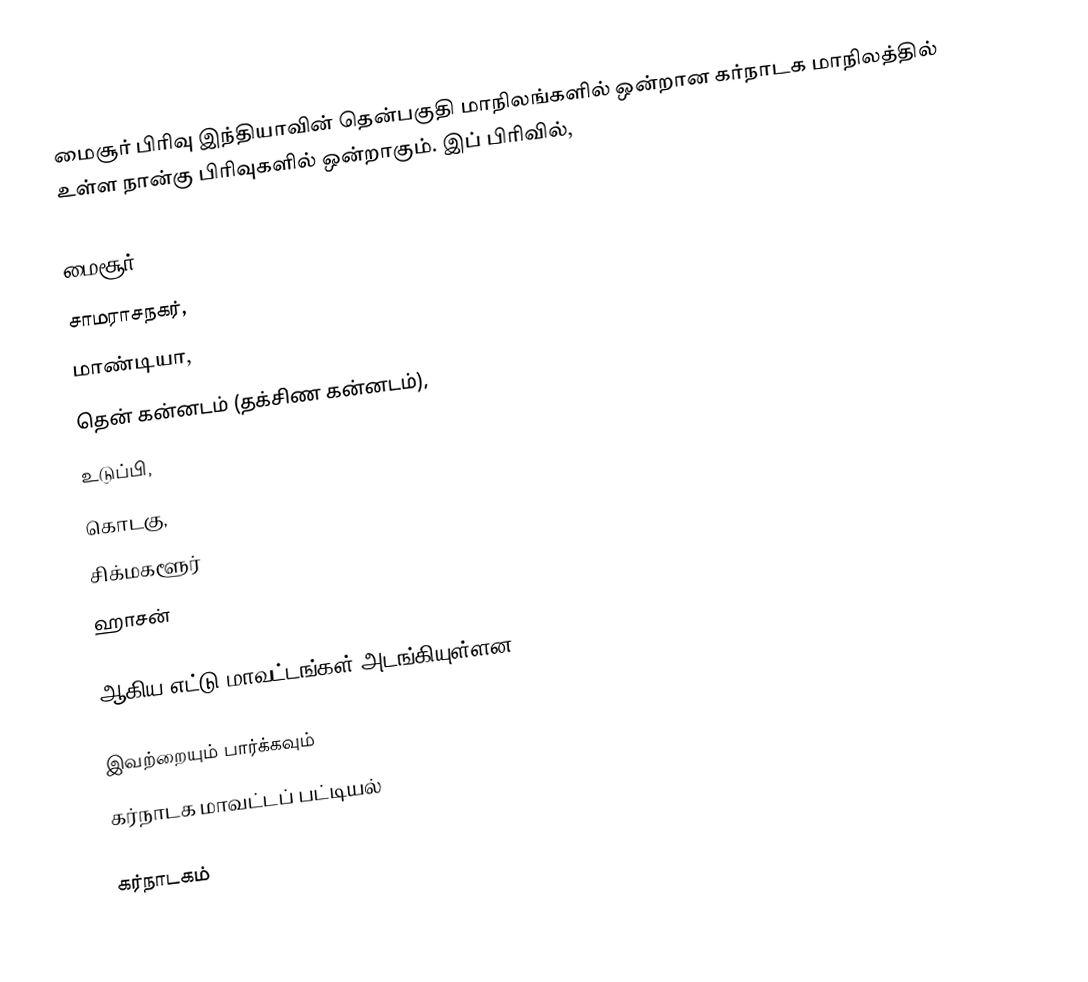
மைசூர் பிரிவு இந்தியாவின் தென்பகுதி மாநிலங்களில் ஒன்றான கர்நாடக மாநிலத்தில் உள்ள நான்கு பிரிவுகளில் ஒன்றாகும். இப் பிரிவில்,

 மைசூர்,
 சாமராசநகர்,
 மாண்டியா,
 தென் கன்னடம் (தக்சிண கன்னடம்),
 உடுப்பி,
 கொடகு,
 சிக்மகளூர்
 ஹாசன்

ஆகிய எட்டு மாவட்டங்கள் அடங்கியுள்ளன.

இவற்றையும் பார்க்கவும்
 கர்நாடக மாவட்டப் பட்டியல்

கர்நாடகம்